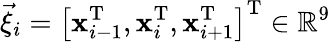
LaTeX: \vec{\xi}_{i}=\left[\mathbf{x}_{i-1}^{\mathrm{T}},\mathbf{x}_{i}^{\mathrm{T}},\mathbf{x}_{i+1}^{\mathrm{T}}\right]^{\mathrm{T}}\in\mathbb{R}^{9}